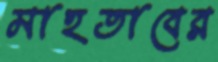
মাহতাবের